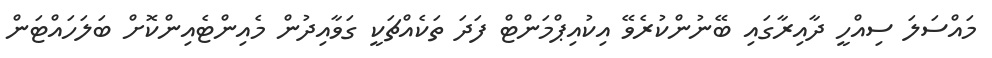
މައްސަލަ ސިއްހީ ދާއިރާގައި ބޭނުންކުރެވޭ އިކުއިޕްމަންޓް ފަދަ ތަކެއްޗަކީ ގަވާއިދުން މެއިންޓެއިންކޮށް ބަލަހައްޓަން